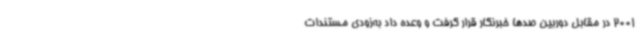
2001 در مقابل دوربین صدها خبرنگار قرار گرفت و وعده داد به‌زودی مستندات